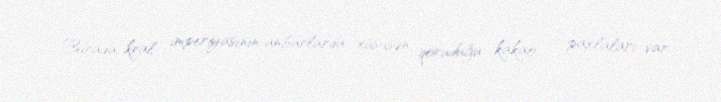
Burada kral imperiyasının anbarlarda xüsusən qoruduğu kakao – paxlaları var